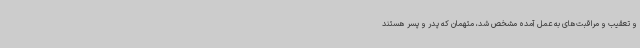
و تعقیب و مراقبت‌های به عمل آمده مشخص شد، متهمان که پدر و پسر هستند